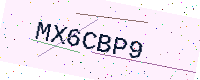
Text: MX6CBP9